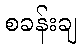
စခန်းချ